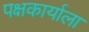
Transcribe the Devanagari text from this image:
पक्षकार्याला